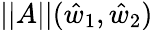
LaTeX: ||A||(\hat{w}_{1},\hat{w}_{2})